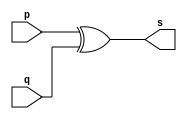
// --------------------- 
// Exemplo0005 - xor 
// Nome: Joao Augusto de Moura Araujo 
// --------------------- 
// --------------------- 
// -- xor gate 
// --------------------- 
module xorgate (output [0:3] s, 
input [0:3] p, 
input [0:3] q); 
assign s = p ^ q; 
endmodule // xor 
// --------------------- 
// -- test xorgate 
// --------------------- 
module testxorgate; 
// ------------------------- dados locais 
reg [0:3] a,b; // definir registrador 
wire [0:3] s; // definir conexao (fio) 
// ------------------------- instancia 
xorgate XOR1 (s, a, b); 
// ------------------------- preparacao 
initial begin:start 
a=4'b0011; // 4 valores binarios 
b=4'b0101; // 4 valores binarios 
end 
// ------------------------- parte principal 
initial begin:main 
$display("Exemplo0005 - Joao Augusto de Moura Araujo - 451582"); 
$display("Test xor gate"); 
$display("\n a ^ b = s\n"); 
$monitor("%b ^ %b = %b", a, b, s); 
#1 a=0; b=0; // valores decimais 
#1 a=4'b0010; b=4'b0001; // valores binarios 
#1 a=4'd1; b=3; // decimal e decimal 
#1 a=4'o5; b=2; // octal e decimal 
#1 a=4'hA; b=3; // hexadecimal e decimal 
#1 a=4'h9; b=4'o3; // hexadecimal e octal 
end 
endmodule // testxorgate